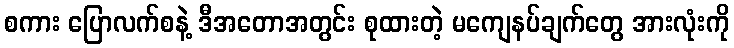
စကား ပြောလက်စနဲ့ ဒီအတောအတွင်း စုထားတဲ့ မကျေနပ်ချက်တွေ အားလုံးကို